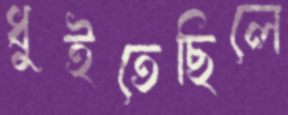
ধুইতেছিলে